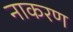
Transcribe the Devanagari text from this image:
नाकरण